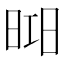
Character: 𣇖